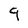
Character: 9